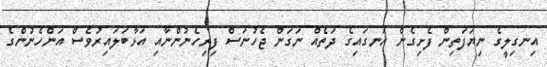
އިނގިލީގެ ނިޔަފަތިން ފެށިގެން އަނގައިގެ ދަތެއް ނަގަން ޖެހުނަސް ފިރިހެނުންނާއި އަޅާބަލައިރުވެސް އަންހެނުންގެ